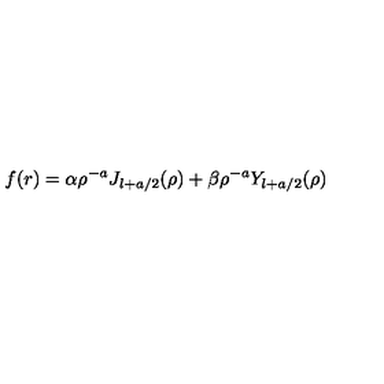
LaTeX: f ( r ) = \alpha \rho ^ { - a } J _ { l + a / 2 } ( \rho ) + \beta \rho ^ { - a } Y _ { l + a / 2 } ( \rho ) \,